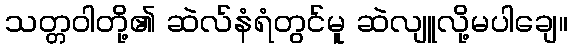
သတ္တဝါတို့၏ ဆဲလ်နံရံတွင်မူ ဆဲလျူလို့မပါချေ။